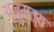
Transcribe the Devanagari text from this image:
अनुमत्य